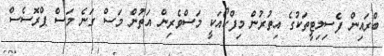
ބްރައިން ފެސިލިޓީތަކުގެ އިތުރުން މިފްކޯއަކީ މަސްވެރިން އަތުން މަސް ގަނެ މަސް ޕްރޮސެސް